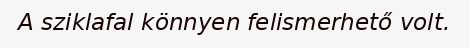
A sziklafal könnyen felismerhető volt.